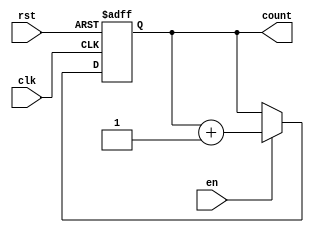
module binary_counter #(
    parameter N = 3  // number of bits, adjust this for the required max count
)(
    input wire clk,   // Clock signal
    input wire rst,   // Asynchronous reset
    input wire en,    // Enable signal
    output reg [N-1:0] count // Current counter value
);

// Always block triggered on the clock's rising edge and asynchronous reset
always @(posedge clk or posedge rst) begin
    if (rst) begin
        // On reset, set count to zero
        count <= 0;
    end else if (en) begin
        // If enabled, increment the counter
        count <= count + 1;
    end
    // When 'en' is low, count retains its value
end

endmodule